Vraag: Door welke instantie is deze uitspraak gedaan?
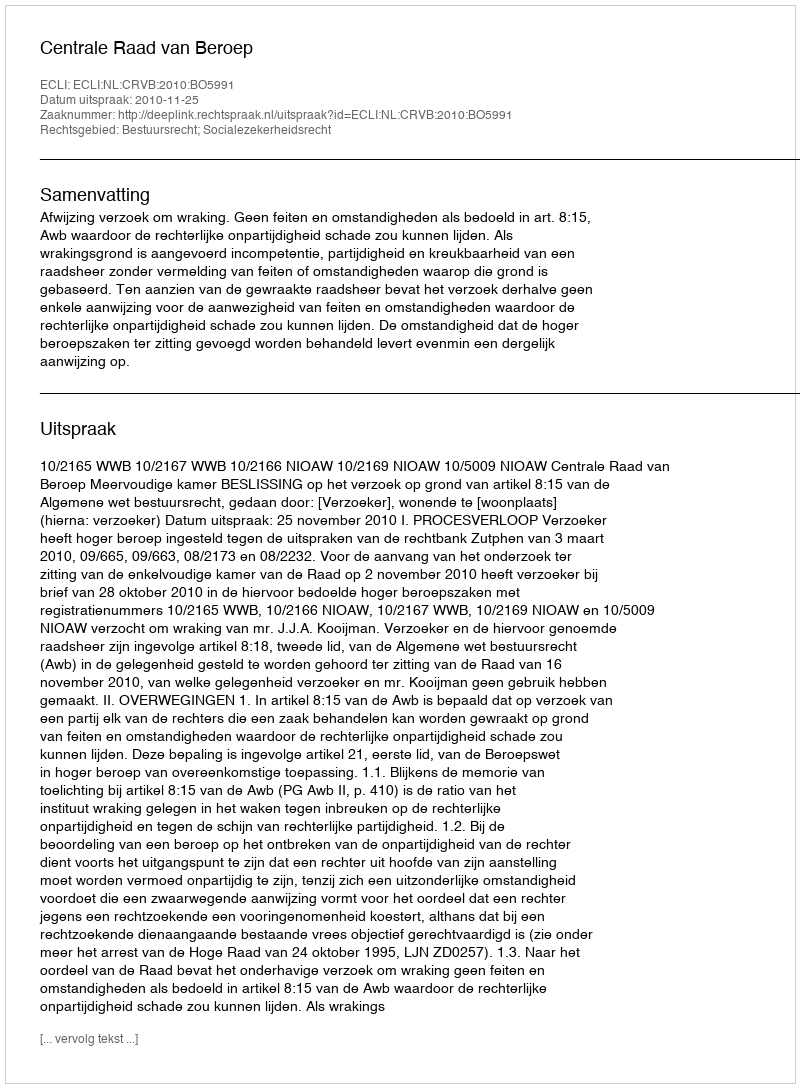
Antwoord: Centrale Raad van Beroep